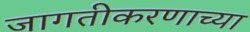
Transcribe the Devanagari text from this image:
जागतीकरणाच्या